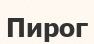
Пирог